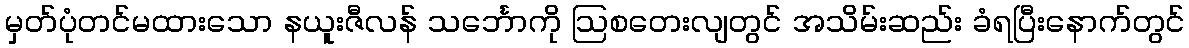
မှတ်ပုံတင်မထားသော နယူးဇီလန် သင်္ဘောကို ဩစတေးလျတွင် အသိမ်းဆည်း ခံရပြီးနောက်တွင်